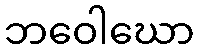
ဘဝေါဃော